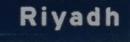
riyadh